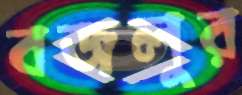
বজলুর